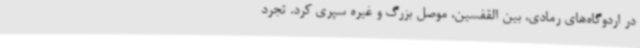
در اردوگاه‌های رمادی، بین القفسین، موصل بزرگ و غیره سپری کرد. تجرد